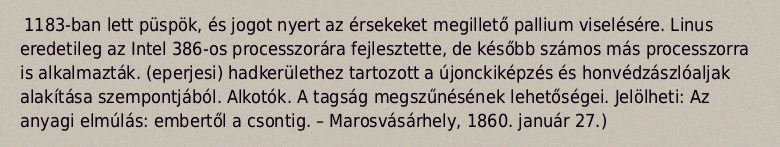
1183-ban lett püspök, és jogot nyert az érsekeket megillető pallium viselésére. Linus eredetileg az Intel 386-os processzorára fejlesztette, de később számos más processzorra is alkalmazták. (eperjesi) hadkerülethez tartozott a újonckiképzés és honvédzászlóaljak alakítása szempontjából. Alkotók. A tagság megszűnésének lehetőségei. Jelölheti: Az anyagi elmúlás: embertől a csontig. – Marosvásárhely, 1860. január 27.)